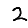
Digit: 2